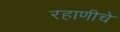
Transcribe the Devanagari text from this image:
रहाणीचे